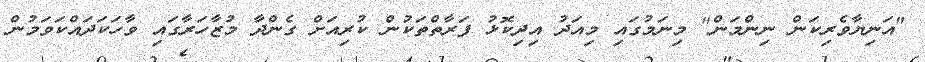
"އަނިޔާވެރިކަން ނިންމަން" މިނަމުގައި މިއަދު އިދިކޮޅު ފަރާތްތަކުން ކުރިއަށް ގެންދާ މުޒާހަރާގައި ވާހަކަދައްކަވަމުން